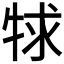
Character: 𤙠